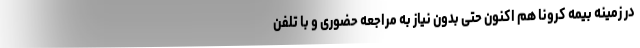
در زمینه بیمه کرونا هم اکنون حتی بدون نیاز به مراجعه حضوری و با تلفن